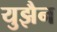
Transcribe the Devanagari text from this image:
युझैन